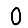
Digit: 0